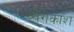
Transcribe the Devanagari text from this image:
व्यंगकोश